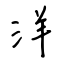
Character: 洋